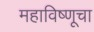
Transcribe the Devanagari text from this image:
महाविष्णूचा